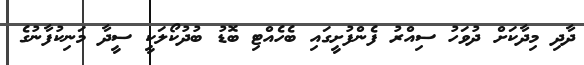
ދާދި މިދާކަށް ދުވަހު ސިއްރު ފެންފުށީގައި ބެހެއްޓި ބޮޑު ބުދުކޯލަކީ ސީދާ މަނިކުފާނުގެ